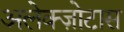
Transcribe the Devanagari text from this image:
अलेक्ज़ोटास